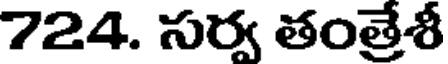
724. సర్వ తంత్రేశీ